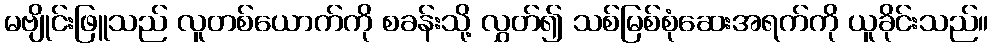
မဗျိုင်းဖြူသည် လူတစ်ယောက်ကို စခန်းသို့ လွှတ်၍ သစ်မြစ်စုံဆေးအရက်ကို ယူခိုင်းသည်။